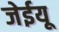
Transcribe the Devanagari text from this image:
जेईयू